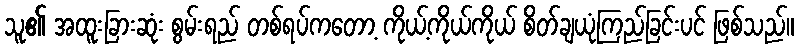
သူ၏ အထူးခြားဆုံး စွမ်းရည် တစ်ရပ်ကတော့ ကိုယ့်ကိုယ်ကိုယ် စိတ်ချယုံကြည်ခြင်းပင် ဖြစ်သည်။